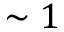
\sim 1